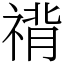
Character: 禙